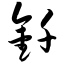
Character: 钎